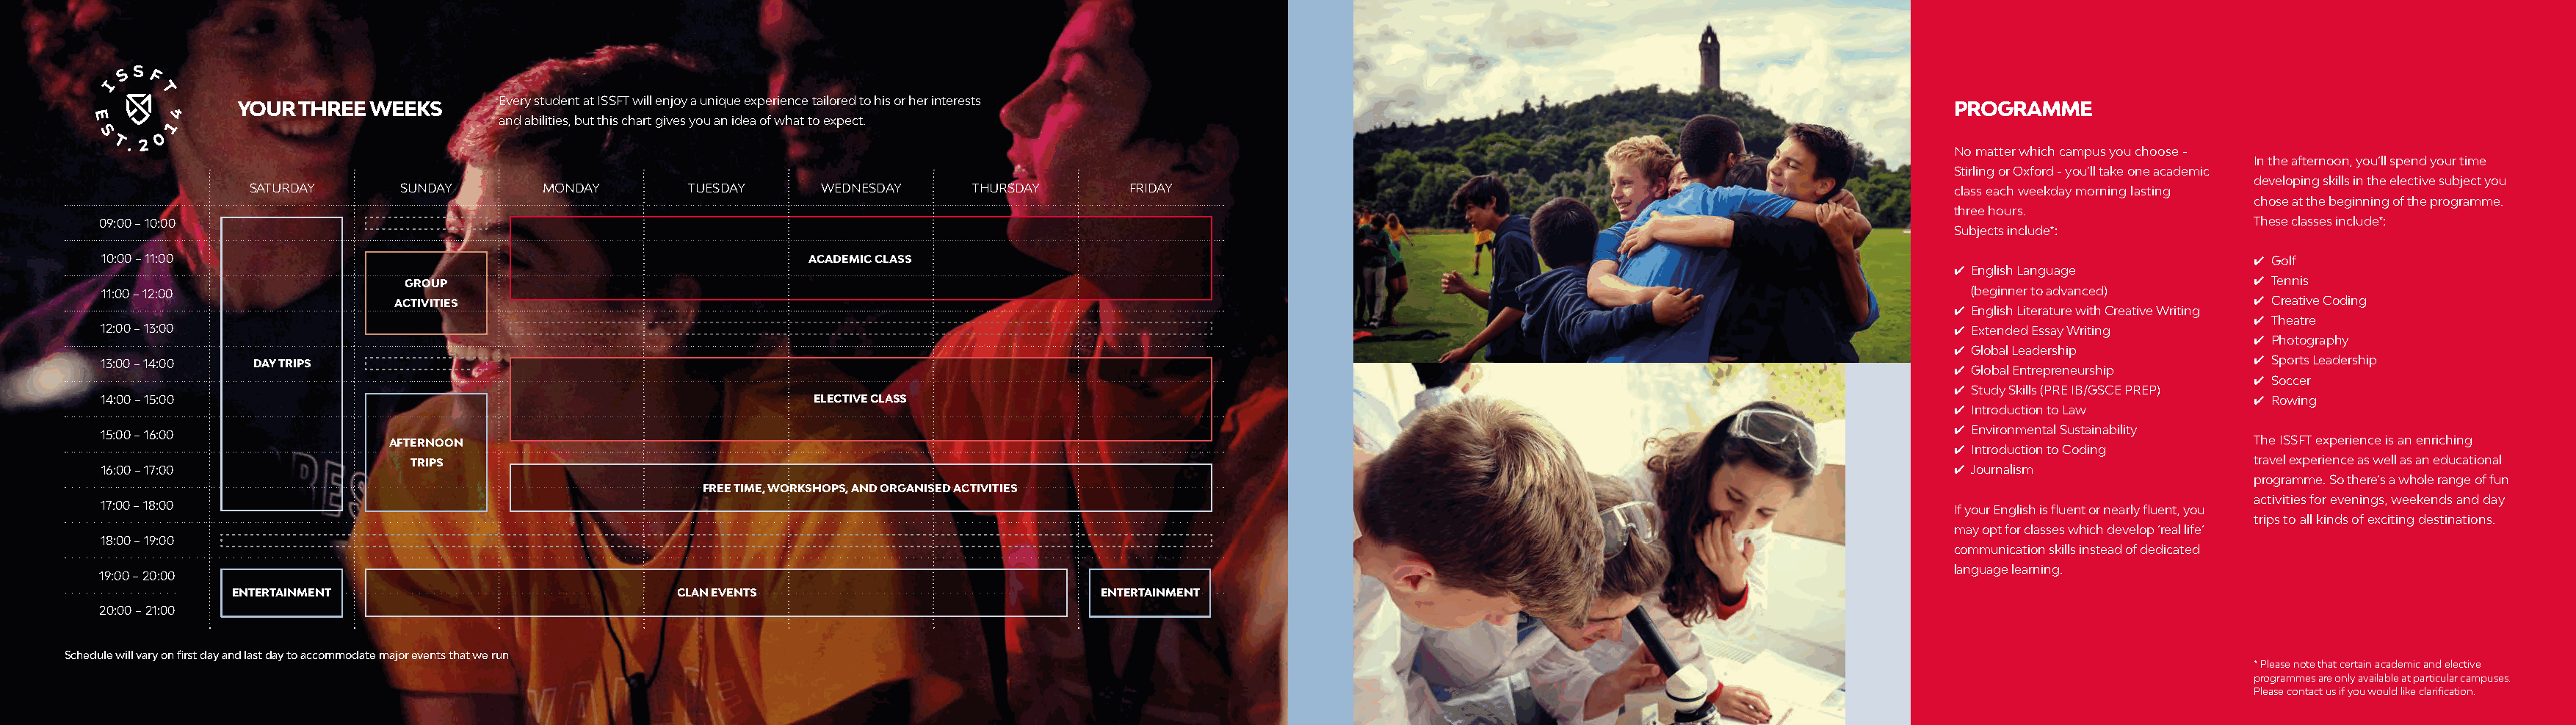
Every student at ISSFT will enjoy a unique experience tailored to his or her interests
 YOUR  THREE WEEKS                                                                                                                                          PROGRAMME
 and abilities, but this chart gives you an idea of what to expect.
 No matter which campus you choose -
 In the afternoon, you’ll spend your time
 Stirling or Oxford - you’ll take one academic
 developing skills in the elective subject you
 SATURDAY     SUNDAY       MONDAY       TUESDAY     WEDNESDAY     THURSDAY      FRIDAY                                                                    class each weekday morning lasting
 chose at the beginning of the programme.
 three hours.
 09:00 – 10:00                                                                                                                                                                                     These classes include*:
 Subjects include*:
 10:00 – 11:00                                                   ACADEMIC CLASS                                                                                                                    4 Golf
 4 English Language
 GROUP                                                                                                                                                                 4 Tennis
 11:00 – 12:00                                                                                                                                                            (beginner to advanced)
 ACTIVITIES                                                                                                                                                             4 Creative Coding
 4 English Literature with Creative Writing
 4 Theatre
 12:00 – 13:00                                                                                                                                                          4 Extended Essay Writing
 4 Photography
 4 Global Leadership
 13:00 – 14:00 DAY TRIPS                                                                                                                                                                           4 Sports Leadership
 4 Global Entrepreneurship
 4 Soccer
 4 Study Skills (PRE IB/GSCE PREP)
 14:00 – 15:00                                                   ELECTIVE CLASS                                                                                                                    4 Rowing
 4 Introduction to Law
 4 Environmental Sustainability
 15:00 – 16:00
 AFTERNOON                                                                                                                                                               The ISSFT experience is an enriching
 4 Introduction to Coding
 TRIPS                                                                                                                                                                 travel experience as well as an educational
 16:00 – 17:00                                                                                                                                                          4 Journalism
 programme. So there’s a whole range of fun
 FREE TIME, WORKSHOPS, AND ORGANISED ACTIVITIES
 activities for evenings, weekends and day
 17:00 – 18:00                                                                                                                                                          If your English is fluent or nearly fluent, you
 trips to all kinds of exciting destinations.
 may opt for classes which develop ‘real life’
 18:00 – 19:00
 communication skills instead of dedicated
 language learning.
 19:00 – 20:00
 ENTERTAINMENT                           CLAN EVENTS                           ENTERTAINMENT
 20:00 – 21:00
 Schedule will vary on first day and last day to accommodate major events that we run
 * Please note that certain academic and elective
 programmes are only available at particular campuses.
 Please contact us if you would like clarification.